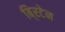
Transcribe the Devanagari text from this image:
बि्रटेन